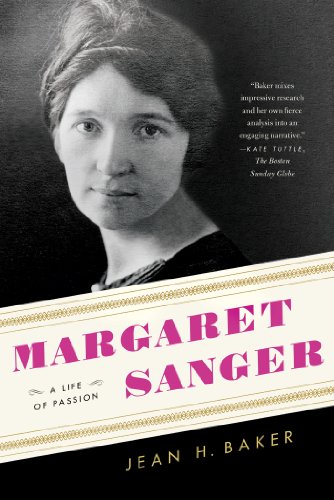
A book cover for Margaret Sanger: A Life of Passion; Jean H. Baker; Biographies & Memoirs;